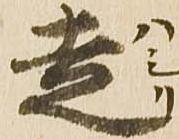
走